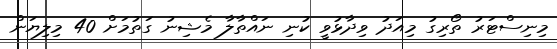
މިނިސްޓަރު ތޯރިގު މިއަދު ވިދާޅުވީ ކުނި ނައްތާލާ މެޝިނު ގަތުމަށް 40 މިލިޔަން